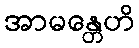
အာမန္တေဟိ